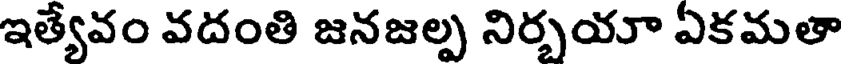
ఇత్యేవం వదంతి జనజల్ప నిర్భయా ఏకమతా